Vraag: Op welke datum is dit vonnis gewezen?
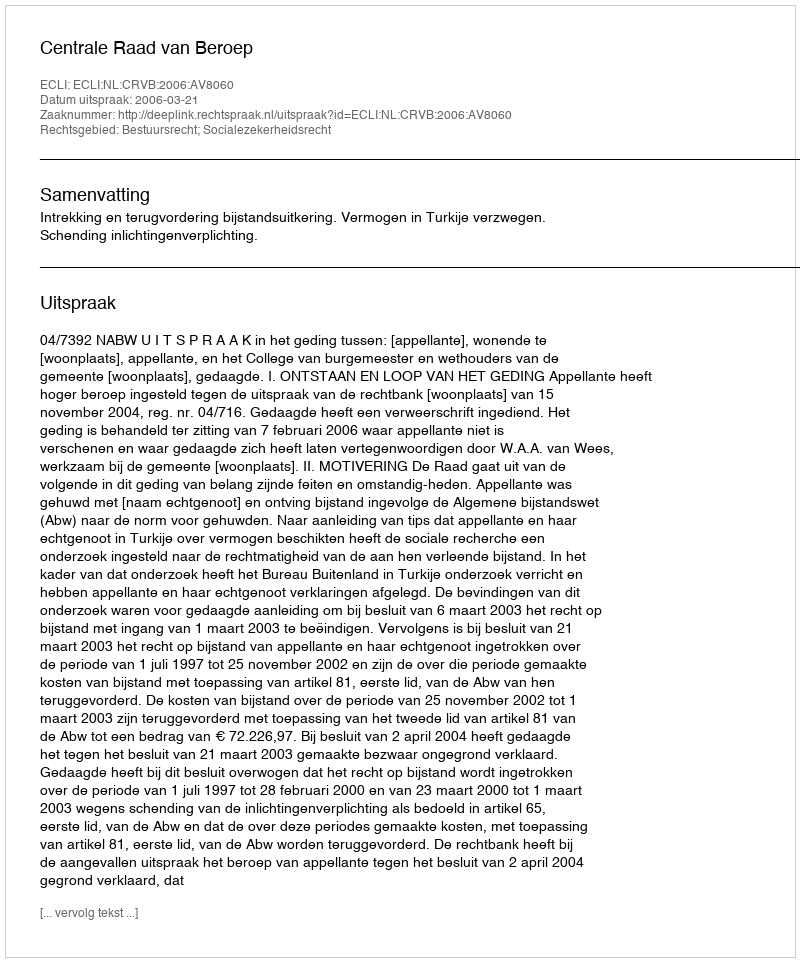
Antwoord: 2006-03-21